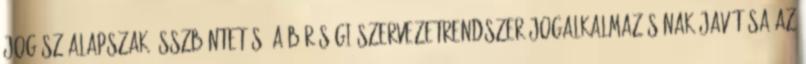
Jogász alapszak Összbüntetés. A bírósági szervezetrendszer jogalkalmazásának javítása az